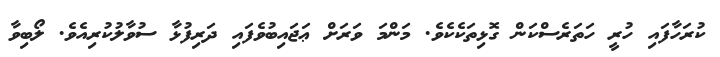
ކުރަހާފައި ހުރީ ހަތަރެސްކަން ގޮޅިތަކެކެވެ. މަންމަ ވަރަށް ޢަޖައިބުވެފައި ދަރިފުޅާ ސުވާލުކުރިއެވެ. ލޯބިވާ